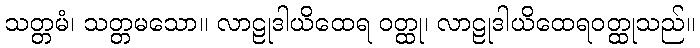
သတ္တမံ၊ သတ္တမသော။ လာဠုဒါယိထေရ ဝတ္ထု၊ လာဠုဒါယိထေရဝတ္ထုသည်။